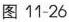
图11-26